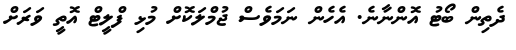
ދެތިން ބޯޓު އޮންނާނެ. އެހެން ނަމަވެސް ޖުމްލަކޮށް މުޅި ފްލީޓް އޮތީ ވަރަށް